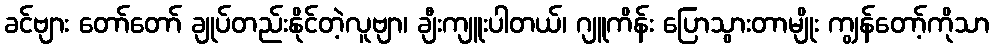
ခင်ဗျား တော်တော် ချုပ်တည်းနိုင်တဲ့လူဗျာ၊ ချီးကျူးပါတယ်၊ ဂျူကိန်း ပြောသွားတာမျိုး ကျွန်တော့်ကိုသာ